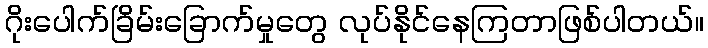
ဂိုးပေါက်ခြိမ်းခြောက်မှုတွေ လုပ်နိုင်နေကြတာဖြစ်ပါတယ်။